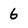
Character: 6